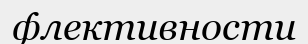
флективности